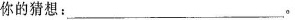
你的猜想：___